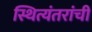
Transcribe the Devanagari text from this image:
स्थित्यंतरांची